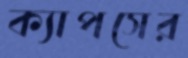
ক্যাপসের